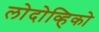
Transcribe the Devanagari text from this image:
लोदोव्हिको